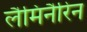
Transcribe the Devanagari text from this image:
लैमिनैरिन